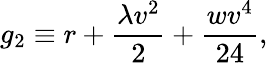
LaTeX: g_{2}\equiv r+\frac{\lambda v^{2}}{2}+\frac{wv^{4}}{24},